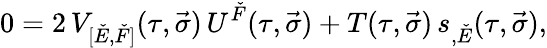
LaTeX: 0=2\, V_{[\check{E},\check{F}]}(\tau,\vec{\sigma})\, U^{\check{F}}(\tau,\vec{\sigma})+T(\tau,\vec{\sigma})\, s_{,\check{E}}(\tau,\vec{\sigma}),